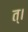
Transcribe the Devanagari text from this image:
त्।